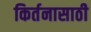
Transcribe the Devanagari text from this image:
किर्तनासाठी